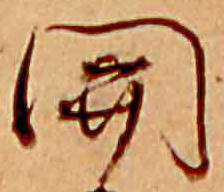
関